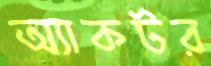
অ্যাকটর